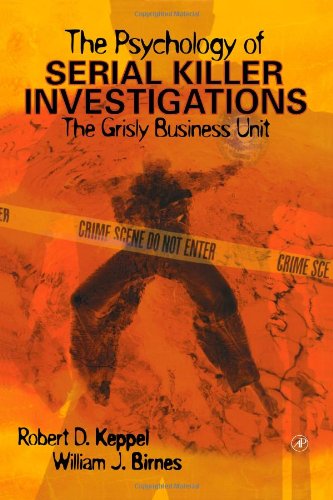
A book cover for The Psychology of Serial Killer Investigations: The Grisly Business Unit; Robert D. Keppel; Medical Books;